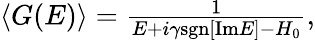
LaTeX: \begin{array}{r}{\left<G(E)\right>=\frac{1}{E+i\gamma\mathrm{sgn}[\mathrm{Im}E]-H_{0}},}\end{array}